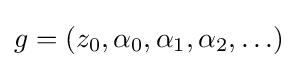
g=(z_{0},\alpha _{0},\alpha _{1},\alpha _{2},\ldots )